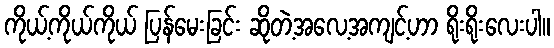
ကိုယ့်ကိုယ်ကိုယ် ပြန်မေးခြင်း ဆိုတဲ့အလေ့အကျင့်ဟာ ရိုးရိုးလေးပါ။